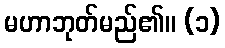
မဟာဘုတ်မည်၏။ (၁)